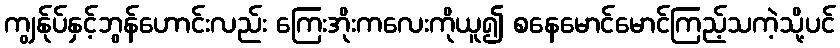
ကျွန်ုပ်နှင့်ဘွန်ဟောင်းလည်း ကြေးအိုးကလေးကိုယူ၍ စနေမောင်မောင်ကြည့်သကဲ့သို့ပင်